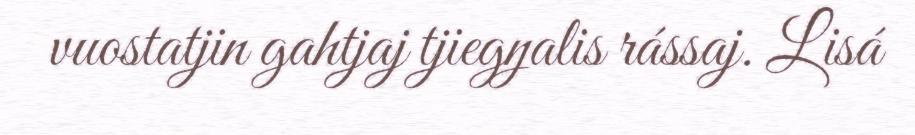
vuostatjin gahtjaj tjiegŋalis rássaj. Lisá